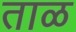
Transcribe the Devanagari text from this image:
ताळ